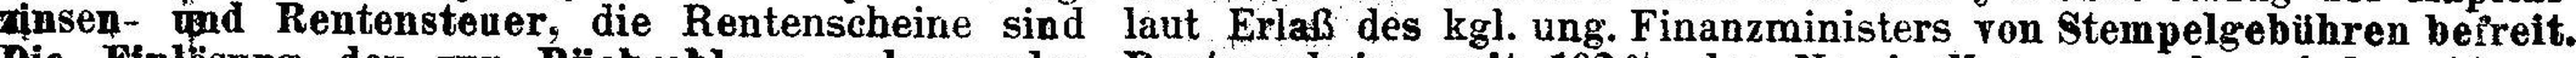
zinsen- und Rentensteuer, die Rentenscheine sind laut Erlaß des kgl. ung. Finanzministers von Stempelgebühren befreit.